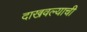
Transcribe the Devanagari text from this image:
दाखवल्याची